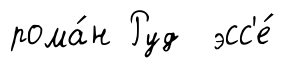
рома́н Руд эсс'е́